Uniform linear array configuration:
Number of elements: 16
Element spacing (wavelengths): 0.25
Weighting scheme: cosine
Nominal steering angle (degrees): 0
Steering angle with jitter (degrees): -1.329
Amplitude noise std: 0.05
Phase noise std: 0.05

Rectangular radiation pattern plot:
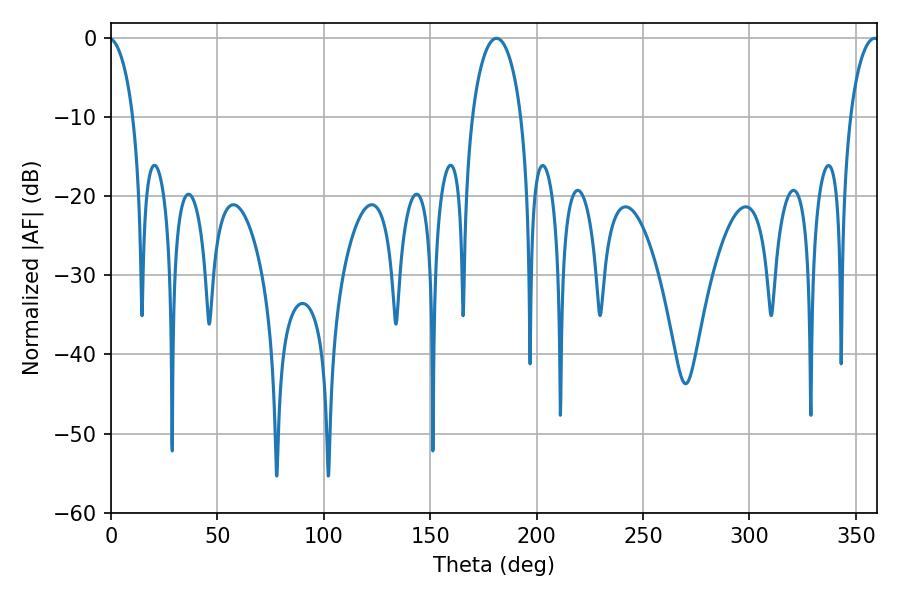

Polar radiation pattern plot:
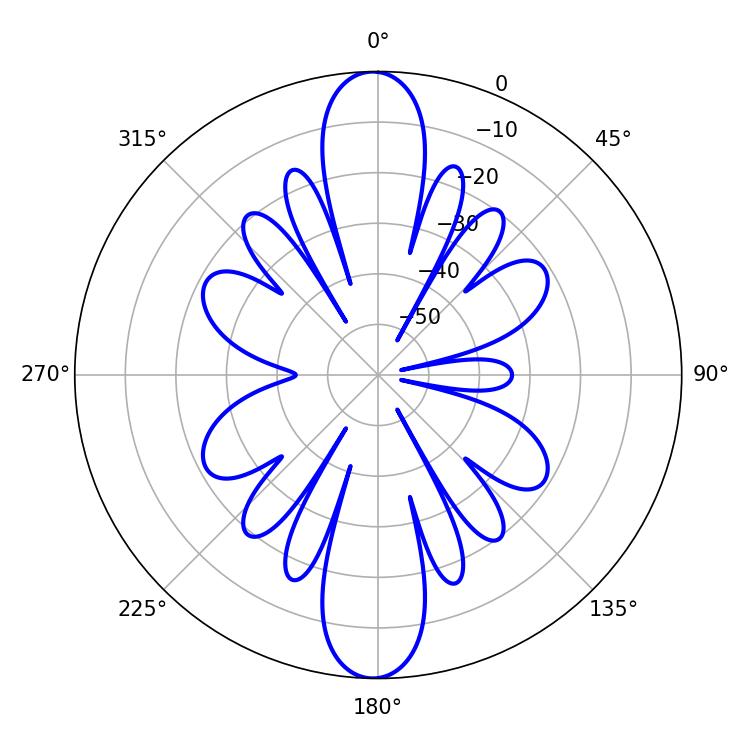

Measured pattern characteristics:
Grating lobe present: FALSE
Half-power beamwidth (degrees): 13.14
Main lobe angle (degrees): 181.08